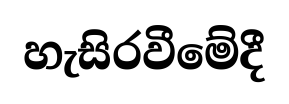
හැසිරවීමේදී